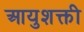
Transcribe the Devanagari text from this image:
आयुशक्ती